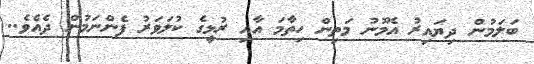
ބަލަމުން ދިޔައިރު އެމޫނު މަތިން ހިތާމަ އާއި ރުޅީގެ ކުލަވަރު ފެންނަމުން ދެއެވެ..